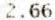
2.66